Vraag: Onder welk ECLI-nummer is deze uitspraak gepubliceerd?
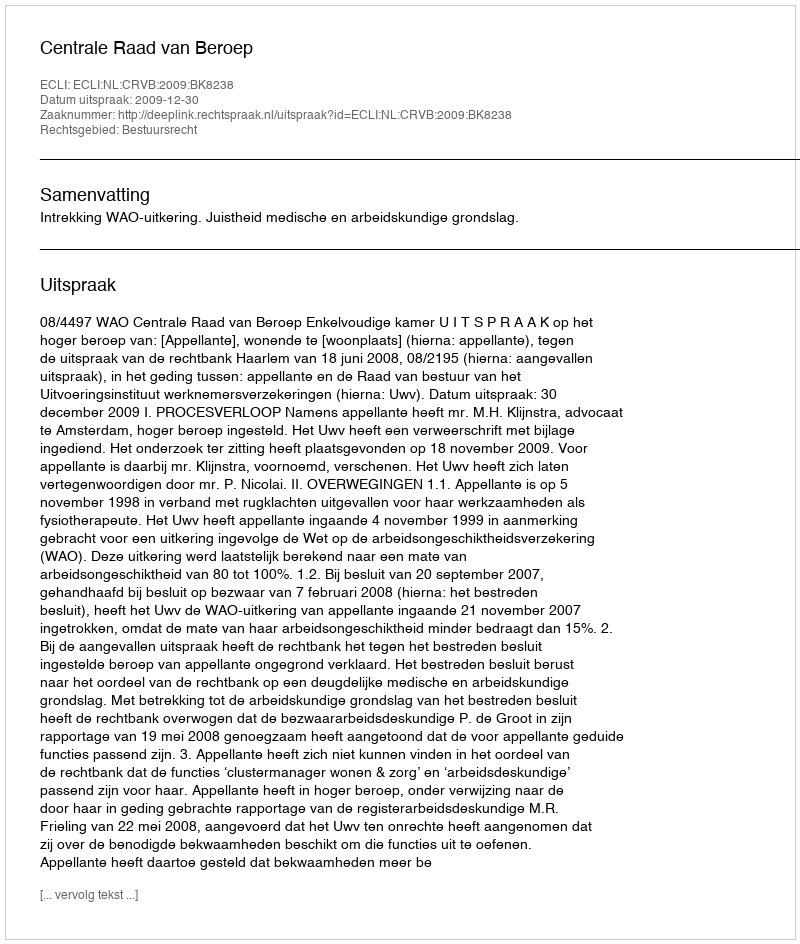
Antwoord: ECLI:NL:CRVB:2009:BK8238